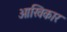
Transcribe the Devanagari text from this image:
आखिकार